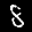
Label: 8